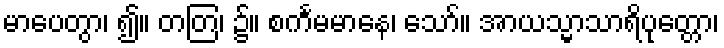
မာပေတွာ၊ ၍။ တတြ၊ ၌။ စင်္ကမမာနေ၊ သော်။ အာယသ္မာသာရိပုတ္တော၊